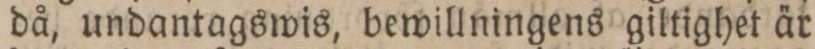
då, undantagswis, bewillningens giltighet är